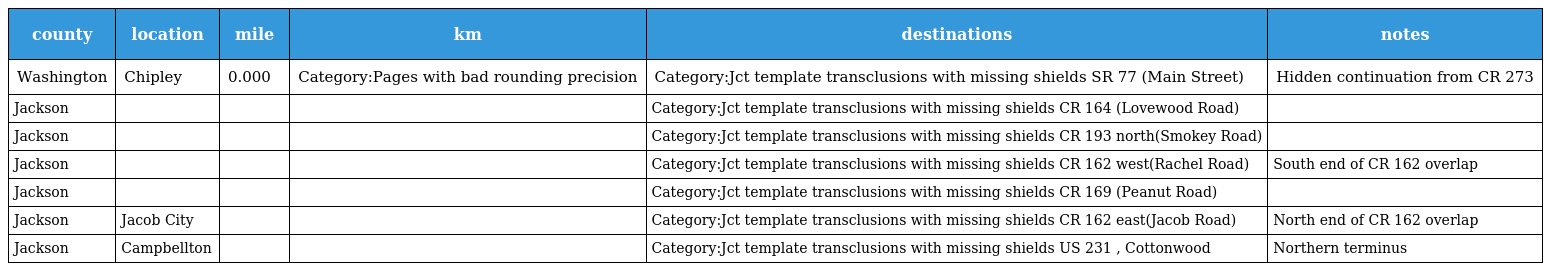
| county | location | mile | km | destinations | notes |
 | --- | --- | --- | --- | --- | --- |
 | Washington | Chipley | 0.000 | Category:Pages with bad rounding precision | Category:Jct template transclusions with missing shields SR 77 (Main Street) | Hidden continuation from CR 273 |
 | Jackson |  |  |  | Category:Jct template transclusions with missing shields CR 164 (Lovewood Road) |  |
 | Jackson |  |  |  | Category:Jct template transclusions with missing shields CR 193 north(Smokey Road) |  |
 | Jackson |  |  |  | Category:Jct template transclusions with missing shields CR 162 west(Rachel Road) | South end of CR 162 overlap |
 | Jackson |  |  |  | Category:Jct template transclusions with missing shields CR 169 (Peanut Road) |  |
 | Jackson | Jacob City |  |  | Category:Jct template transclusions with missing shields CR 162 east(Jacob Road) | North end of CR 162 overlap |
 | Jackson | Campbellton |  |  | Category:Jct template transclusions with missing shields US 231 , Cottonwood | Northern terminus |